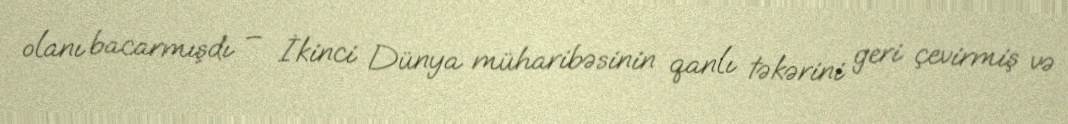
olanı bacarmışdı – İkinci Dünya müharibəsinin qanlı təkərini geri çevirmiş və